Problem: 9 + 17 = ?
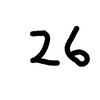
Handwritten answer: 26